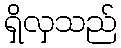
ရှိလှသည်